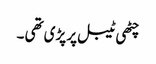
چٹھی ٹیبل پر پڑی تھی ۔